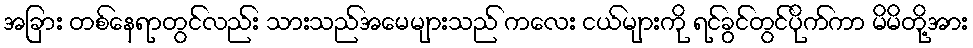
အခြား တစ်နေရာတွင်လည်း သားသည်အမေများသည် ကလေး ငယ်များကို ရင်ခွင်တွင်ပိုက်ကာ မိမိတို့အား